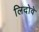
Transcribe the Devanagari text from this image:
लिदोवे